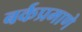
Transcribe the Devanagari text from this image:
बर्कप्रमाणे